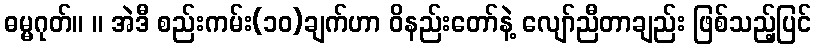
ဓမ္မဂုတ်။ ။ အဲဒီ စည်းကမ်း(၁၀)ချက်ဟာ ဝိနည်းတော်နဲ့ လျော်ညီတာချည်း ဖြစ်သည့်ပြင်